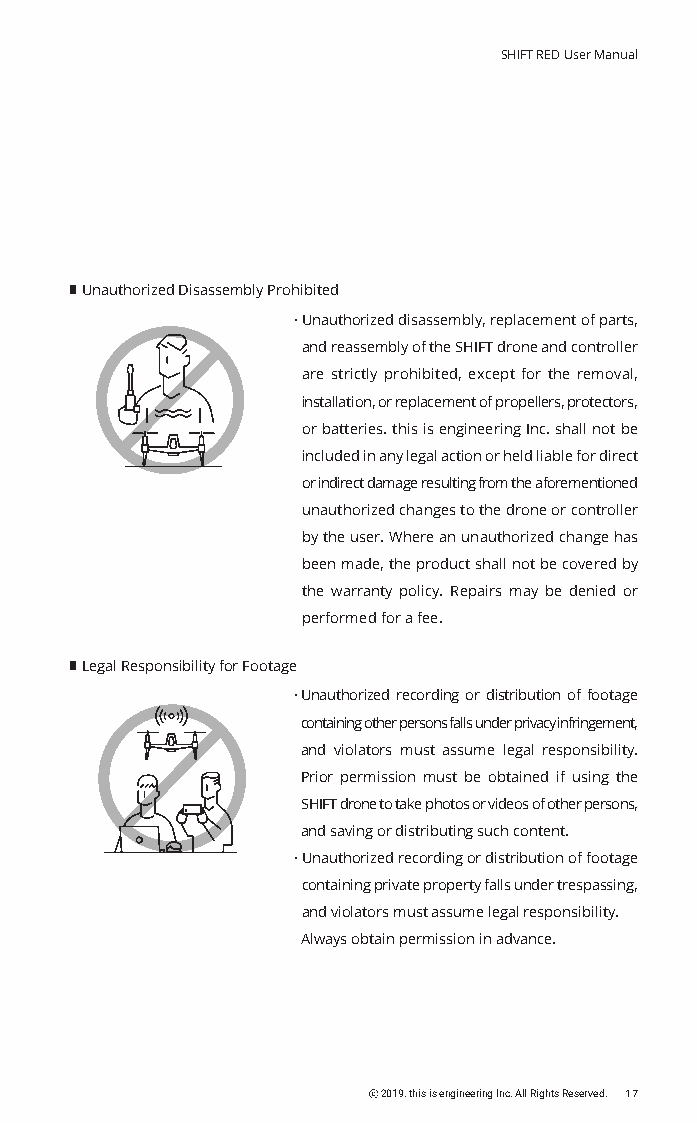
SHIFT RED User Manual
 Unauthorized Disassembly Prohibited
 · Unauthorized disassembly, replacement of parts,
 and reassembly of the SHIFT drone and controller
 are strictly prohibited, except for the removal,
 installation, or replacement of propellers, protectors,
 or batteries. this is engineering Inc. shall not be
 included in any legal action or held liable for direct
 or indirect damage resulting from the aforementioned
 unauthorized changes to the drone or controller
 by the user. Where an unauthorized change has
 been made, the product shall not be covered by
 the warranty policy. Repairs may be denied or
 performed for a fee.
 Legal Responsibility for Footage
 · U nauthorized recording or distribution of footage
 containing other persons falls under privacy infringement,
 and violators must assume legal responsibility.
 Prior permission must be obtained if using the
 SHIFT drone to take photos or videos of other persons,
 and saving or distributing such content.
 · Unauthorized recording or distribution of footage
 containing private property falls under trespassing,
 and violators must assume legal responsibility.
 Always obtain permission in advance.
 ⓒ 2019. this is engineering Inc. All Rights Reserved. 17